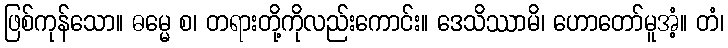
ဖြစ်ကုန်သော။ ဓမ္မေ စ၊ တရားတို့ကိုလည်းကောင်း။ ဒေသိဿာမိ၊ ဟောတော်မူအံ့။ တံ၊